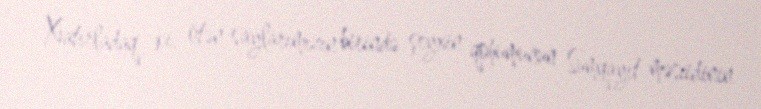
Xatırladaq ki, ötən saylarımızın birində şeyxin qohumunun Sumqayıt məscidinin